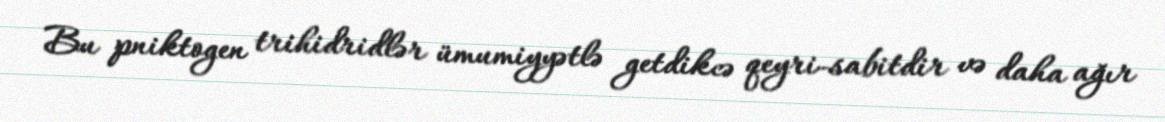
Bu pniktogen trihidridlər ümumiyyətlə getdikcə qeyri-sabitdir və daha ağır